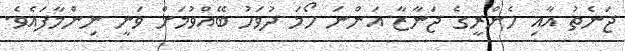
ޖަނެތު އާއި ހެންރީގެ ޖަނާޒާ އަންނަ ހޯމަ ދުވަހު ބޭއްވުމަށް ވަނީ ނިންމާފައެވެ.